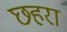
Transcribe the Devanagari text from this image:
छहरा